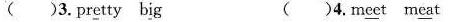
( )3.pr\underline{e}tty b\underline{i}g ( )4.m\underline{ee}t m\underline{ea}t